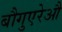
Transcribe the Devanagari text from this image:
बौगुएरेऔ